Subject: physics
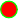
LaTeX code:
\begin{tikzpicture}
\filldraw[fill=red,draw=green] circle (3pt);
\end{tikzpicture}